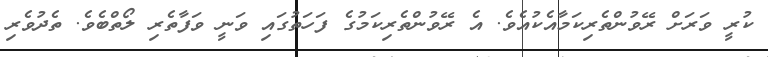
ކުރީ ވަރަށް ރޭވުންތެރިކަމާއެކުއެވެ. އެ ރޭވުންތެރިކަމުގެ ފަހަތުގައި ވަނީ ވަފާތެރި ލޯތްބެވެ. ތެދުވެރި